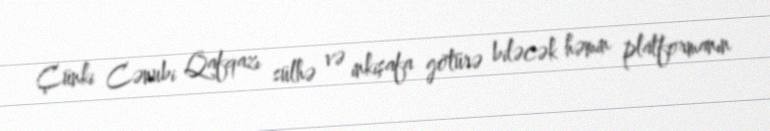
Çünki Cənubi Qafqazı sülhə və inkişafa götürə biləcək həmin platformanın